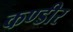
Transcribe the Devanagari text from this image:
कण्डीर